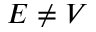
E \neq V